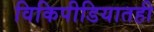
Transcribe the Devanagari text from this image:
विकिपीडियातही